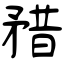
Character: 矠